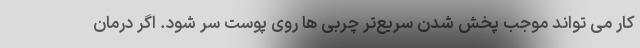
کار می تواند موجب پخش شدن سریع‌تر چربی ها روی پوست سر شود. اگر درمان